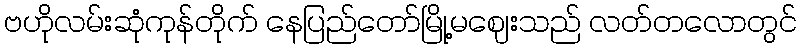
ဗဟိုလမ်းဆုံကုန်တိုက် နေပြည်တော်မြို့မဈေးသည် လတ်တလောတွင်